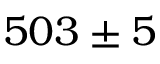
5 0 3 \pm 5